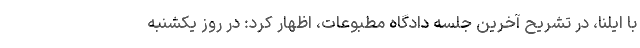
با ایلنا، در تشریح آخرین جلسه دادگاه مطبوعات، اظهار کرد: در روز یکشنبه